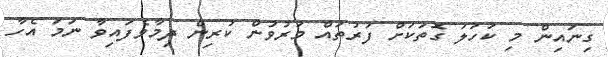
ގިނައިން މި ކަހަލަ ގޮތަކަށް ފަރުތައް މަރުވުން ކުރިން ދިމާވެފައިވާ ނަމަ އެހާ